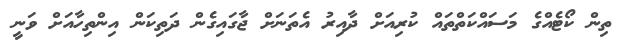
ތިން ކޯޓެއްގެ މަސައްކަތްތައް ކުރިއަށް ދާއިރު އެތަނަށް ޖާގައިގެން ދަތިކަން އިންތިހާއަށް ވަނީ